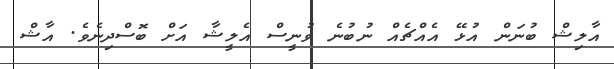
އާލިޝް ބުނަން އުޅޭ އެއްޗެއް ނުބުނެ ވުނީސް އެލީޝާ އަށް ބޮސްދިނެވެ. އާޝް